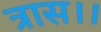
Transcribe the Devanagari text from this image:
त्रास।।